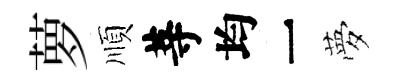
萝順䓁均一夢